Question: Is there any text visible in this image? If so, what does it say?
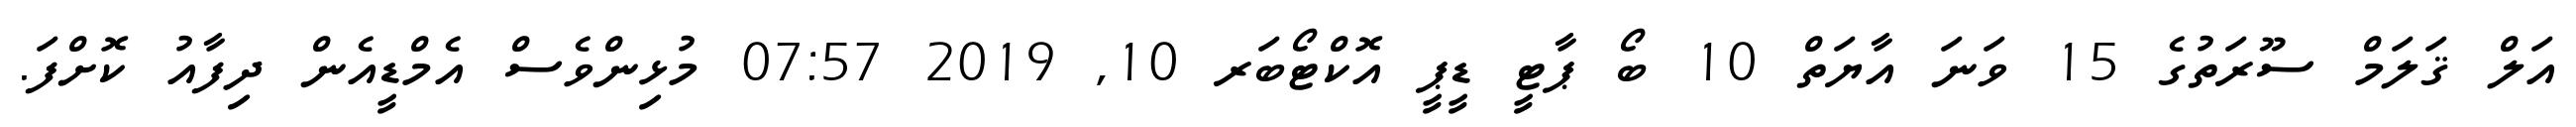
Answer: އަލް ޤަލަމް ސޫރަތުގެ 15 ވަނަ އާޔަތް 10 ބޯ ޕާޓީ ޑީޕީ އޮކްޓޯބަރ 10, 2019 07:57 މުޅިންވެސް އެމްޑީއެން ދިފާއު ކޮށްފަ.